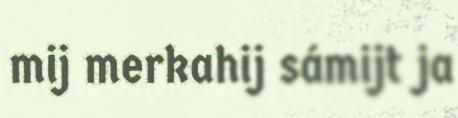
mij merkahij sámijt ja